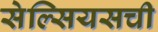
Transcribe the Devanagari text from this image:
सेल्सियसची